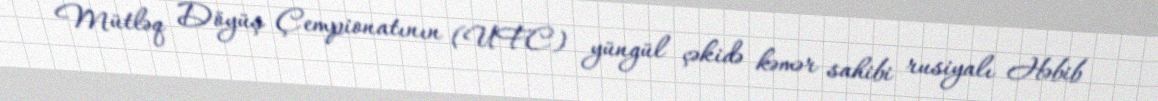
Mütləq Döyüş Çempionatının (UFC) yüngül çəkidə kəmər sahibi rusiyalı Həbib